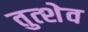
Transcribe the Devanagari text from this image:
तुत्शेव